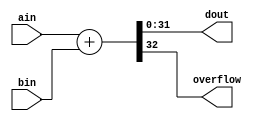
module my_add #(
	parameter BIT_WIDTH = 32
)
(
	input [BIT_WIDTH-1:0] ain,
	input [BIT_WIDTH-1:0] bin,
	output [BIT_WIDTH-1:0] dout,
	output overflow
);

assign {overflow, dout} = ain + bin;

endmodule